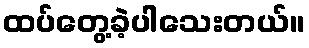
ထပ်တွေ့ခဲ့ပါသေးတယ်။